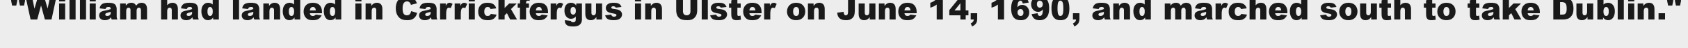
"William had landed in Carrickfergus in Ulster on June 14, 1690, and marched south to take Dublin."